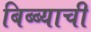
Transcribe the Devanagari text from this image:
बिब्ब्याची